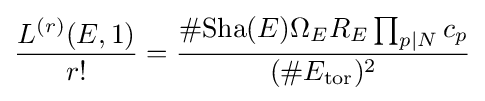
{\frac {L^{(r)}(E,1)}{r!}}={\frac {\#\mathrm {Sha} (E)\Omega _{E}R_{E}\prod _{p|N}c_{p}}{(\#E_{\mathrm {tor} })^{2}}}